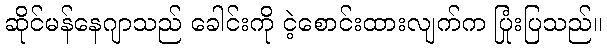
ဆိုင်မန်နေဂျာသည် ခေါင်းကို ငဲ့စောင်းထားလျက်က ပြုံးပြသည်။